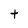
Character: t